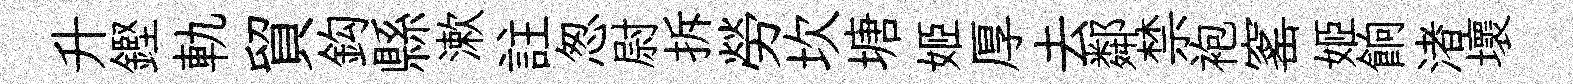
升鏗軌貿鈎縣漱註怱尉拆勞坎塘姬厚去鄰禁袍窰姬餉渚壞